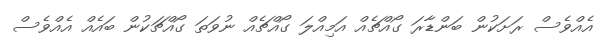
އެއްވެސް ރަށަކުން ބަންޑާރަ ގޯއްޗެއް އަމިއްލަ ގޯއްޗެއް ނުވަތަ ގޯއްޗަކުން ބައެއް އެއްވެސް